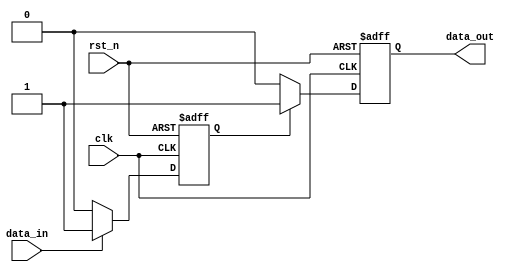
module reactive_system (
    input wire clk,
    input wire rst_n,
    input wire data_in,
    output reg data_out
);

    // Internal state variable
    reg state;

    // Always block with event control
    always @(posedge clk or negedge rst_n) begin
        if (!rst_n) begin
            // Asynchronous reset
            state <= 1'b0;      // Reset state to 0
            data_out <= 1'b0;   // Reset output to 0
        end else begin
            // State transition based on input data
            if (data_in) begin
                state <= 1'b1;   // Set state to 1 when data_in is high
            end else begin
                state <= 1'b0;   // Set state to 0 when data_in is low
            end
            
            // Output logic based on state
            if (state) begin
                data_out <= 1'b1; // Output high if state is 1
            end else begin
                data_out <= 1'b0; // Output low if state is 0
            end
        end
    end

endmodule